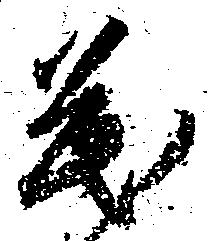
も